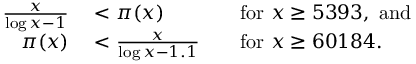
\begin{array} { r l r l } { { \frac { x } { \log x - 1 } } } & { { } < \pi ( x ) } & { } & { { } { \mathrm { f o r ~ } } x \geq 5 3 9 3 , { \mathrm { ~ a n d } } } \\ { \pi ( x ) } & { { } < { \frac { x } { \log x - 1 . 1 } } } & { } & { { } { \mathrm { f o r ~ } } x \geq 6 0 1 8 4 . } \end{array}